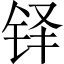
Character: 铎